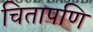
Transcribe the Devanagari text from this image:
चितापणि